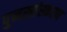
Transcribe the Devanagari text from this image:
पुनस्संस्करण